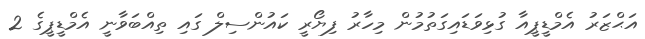
އަޙްޒަރު އެމްޑީޕީއާ ގުޅިވަޑައިގަތުމުން މިހާރު ފިޔޯރީ ކައުންސިލް ގައި ތިއްބަވާނީ އެމްޑީޕީގެ 2